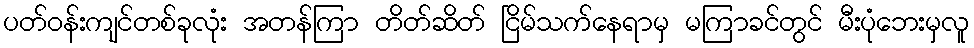
ပတ်ဝန်းကျင်တစ်ခုလုံး အတန်ကြာ တိတ်ဆိတ် ငြိမ်သက်နေရာမှ မကြာခင်တွင် မီးပုံဘေးမှလူ